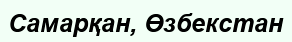
Самарқан, Өзбекстан